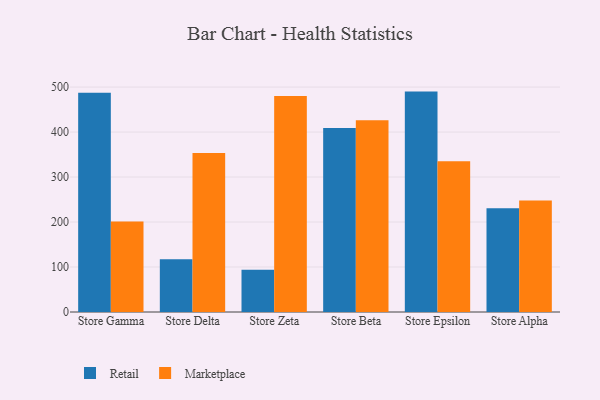
{"axis": {"x": "Store", "y": "Gross Profit (USD K)"}, "legend": ["Marketplace", "Retail"], "data": [{"x": "Store Gamma", "y": 487.2, "type": "Retail"}, {"x": "Store Gamma", "y": 201.1, "type": "Marketplace"}, {"x": "Store Delta", "y": 117.1, "type": "Retail"}, {"x": "Store Delta", "y": 353.4, "type": "Marketplace"}, {"x": "Store Zeta", "y": 93.7, "type": "Retail"}, {"x": "Store Zeta", "y": 479.9, "type": "Marketplace"}, {"x": "Store Beta", "y": 408.8, "type": "Retail"}, {"x": "Store Beta", "y": 426.2, "type": "Marketplace"}, {"x": "Store Epsilon", "y": 489.9, "type": "Retail"}, {"x": "Store Epsilon", "y": 335.2, "type": "Marketplace"}, {"x": "Store Alpha", "y": 230.6, "type": "Retail"}, {"x": "Store Alpha", "y": 247.9, "type": "Marketplace"}]}